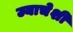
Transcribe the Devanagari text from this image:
ज्याचेशी